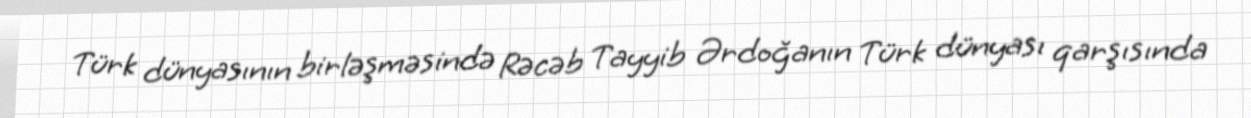
Türk dünyasının birləşməsində Rəcəb Tayyib Ərdoğanın Türk dünyası qarşısında